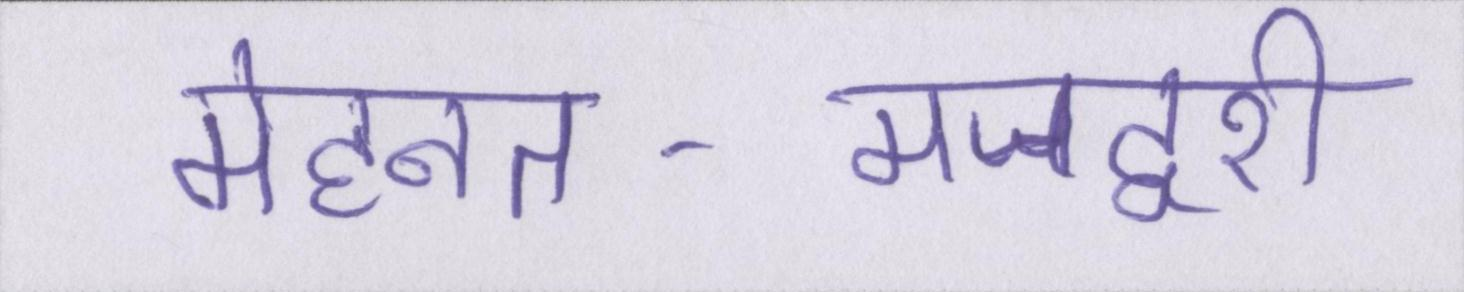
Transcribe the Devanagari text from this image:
मेहनत-मजदूरी